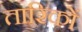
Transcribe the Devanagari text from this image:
तारिकों